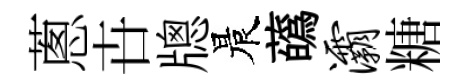
蔥卋牕晨蘤灞糖